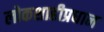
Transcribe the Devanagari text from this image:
लोकशाहीप्रधान